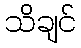
သိချင်